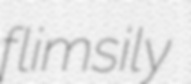
flimsily